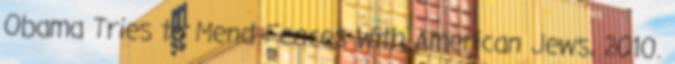
Obama Tries to Mend Fences With American Jews, 2010.